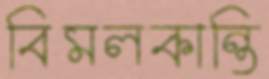
বিমলকান্তি